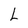
Character: L